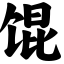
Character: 馄